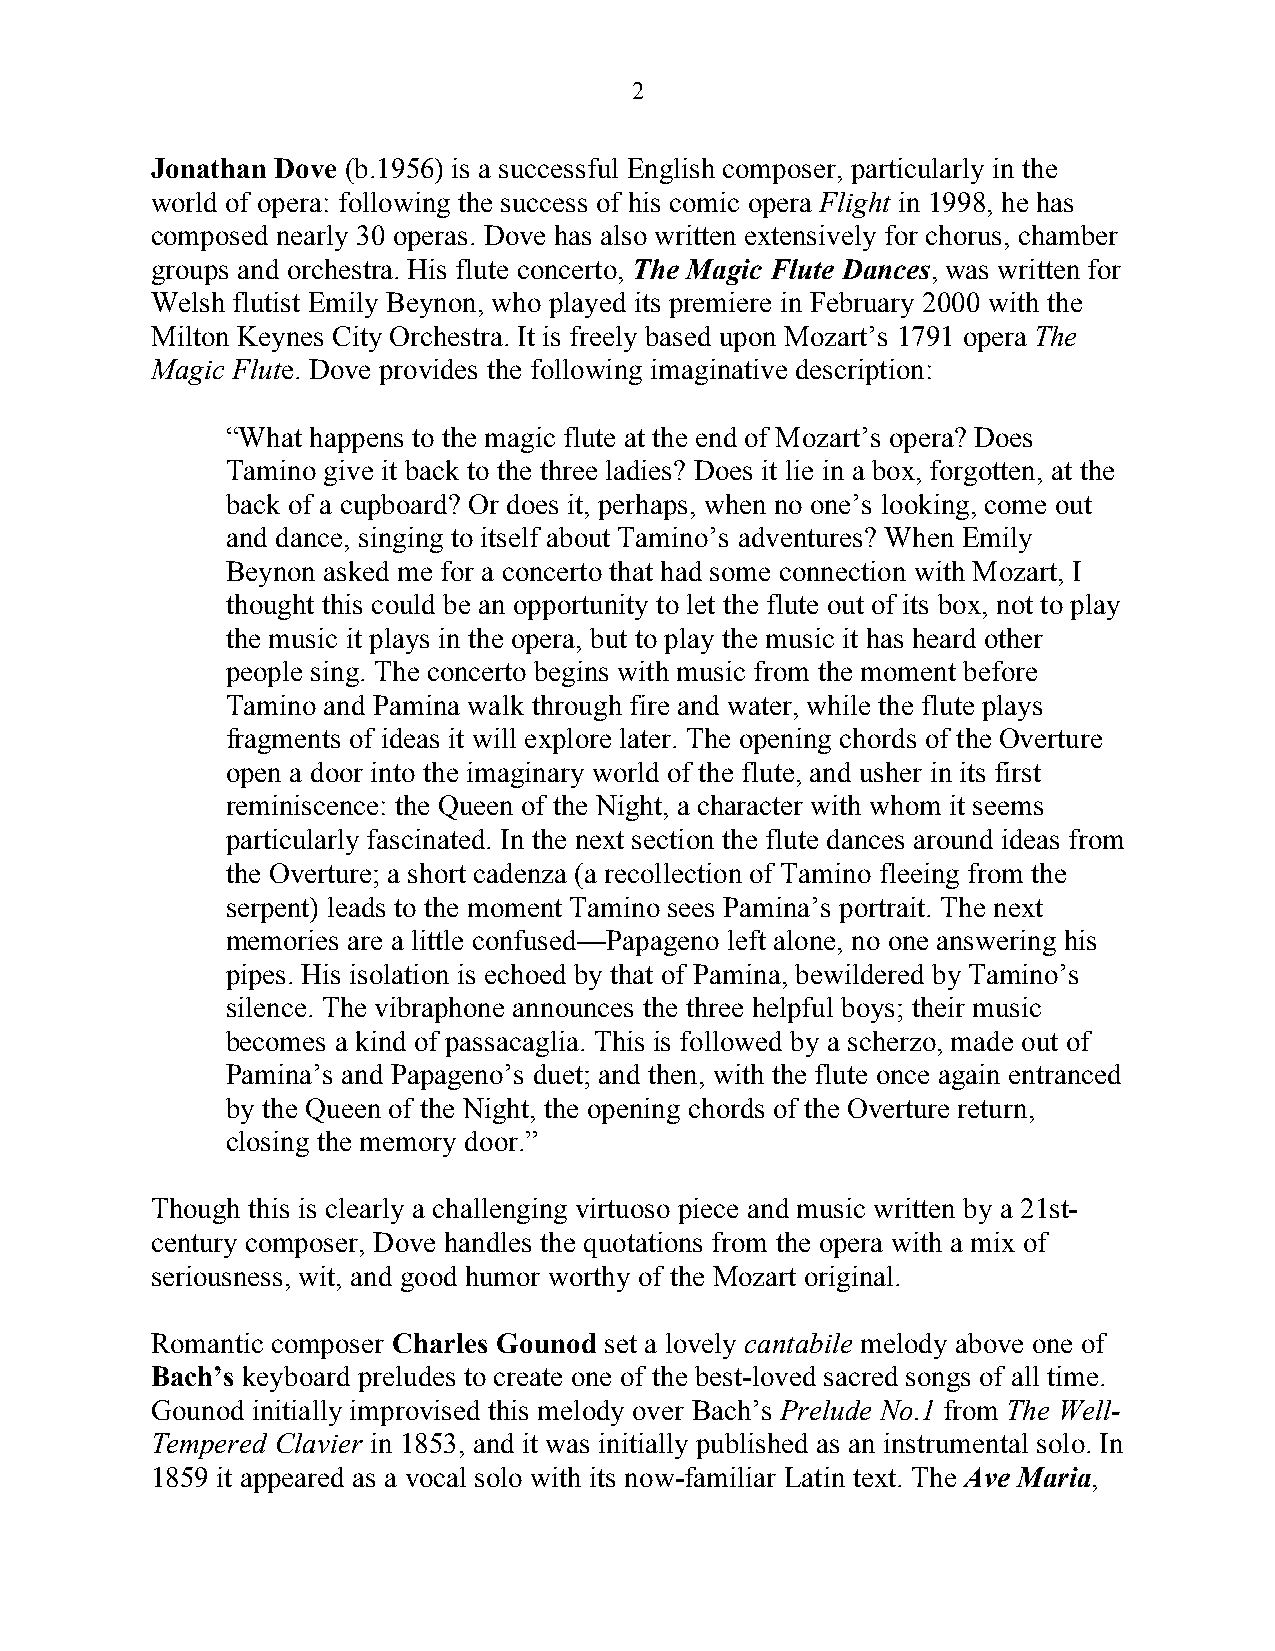
2
 Jonathan Dove (b.1956) is a successful English composer, particularly in the
 world of opera: following the success of his comic opera Flight in 1998, he has
 composed nearly 30 operas. Dove has also written extensively for chorus, chamber
 groups and orchestra. His flute concerto, The Magic Flute Dances, was written for
 Welsh flutist Emily Beynon, who played its premiere in February 2000 with the
 Milton Keynes City Orchestra. It is freely based upon Mozart’s 1791 opera The
 Magic Flute. Dove provides the following imaginative description:
 “What happens to the magic flute at the end of Mozart’s opera? Does
 Tamino give it back to the three ladies? Does it lie in a box, forgotten, at the
 back of a cupboard? Or does it, perhaps, when no one’s looking, come out
 and dance, singing to itself about Tamino’s adventures? When Emily
 Beynon asked me for a concerto that had some connection with Mozart, I
 thought this could be an opportunity to let the flute out of its box, not to play
 the music it plays in the opera, but to play the music it has heard other
 people sing. The concerto begins with music from the moment before
 Tamino and Pamina walk through fire and water, while the flute plays
 fragments of ideas it will explore later. The opening chords of the Overture
 open a door into the imaginary world of the flute, and usher in its first
 reminiscence: the Queen of the Night, a character with whom it seems
 particularly fascinated. In the next section the flute dances around ideas from
 the Overture; a short cadenza (a recollection of Tamino fleeing from the
 serpent) leads to the moment Tamino sees Pamina’s portrait. The next
 memories are a little confused—Papageno left alone, no one answering his
 pipes. His isolation is echoed by that of Pamina, bewildered by Tamino’s
 silence. The vibraphone announces the three helpful boys; their music
 becomes a kind of passacaglia. This is followed by a scherzo, made out of
 Pamina’s and Papageno’s duet; and then, with the flute once again entranced
 by the Queen of the Night, the opening chords of the Overture return,
 closing the memory door.”
 Though this is clearly a challenging virtuoso piece and music written by a 21st-
 century composer, Dove handles the quotations from the opera with a mix of
 seriousness, wit, and good humor worthy of the Mozart original.
 Romantic composer Charles Gounod set a lovely cantabile melody above one of
 Bach’s keyboard preludes to create one of the best-loved sacred songs of all time.
 Gounod initially improvised this melody over Bach’s Prelude No.1 from The Well-
 Tempered Clavier in 1853, and it was initially published as an instrumental solo. In
 1859 it appeared as a vocal solo with its now-familiar Latin text. The Ave Maria,